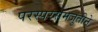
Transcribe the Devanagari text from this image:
परस्परसमजुतीने